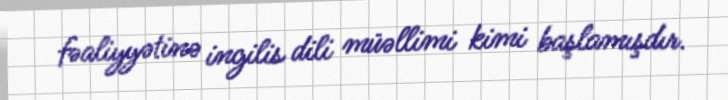
fəaliyyətinə ingilis dili müəllimi kimi başlamışdır.